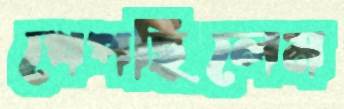
খেপছিলেম